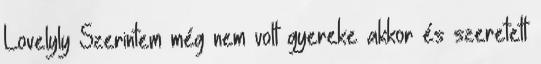
Lovelyly Szerintem még nem volt gyereke akkor és szeretett